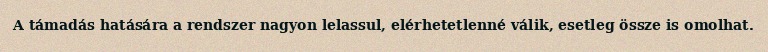
A támadás hatására a rendszer nagyon lelassul, elérhetetlenné válik, esetleg össze is omolhat.